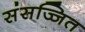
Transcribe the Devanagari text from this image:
संसज्जित